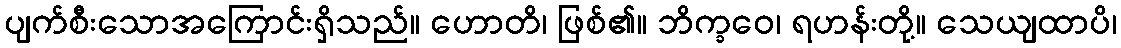
ပျက်စီးသောအကြောင်းရှိသည်။ ဟောတိ၊ ဖြစ်၏။ ဘိက္ခဝေ၊ ရဟန်းတို့။ သေယျထာပိ၊